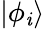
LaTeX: |\phi_{\mathit{i}}\rangle